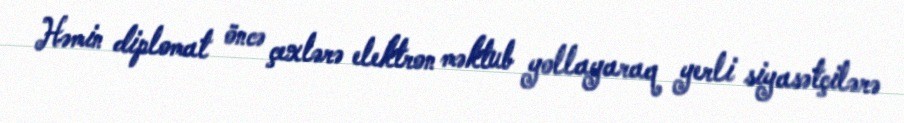
Həmin diplomat öncə çexlərə elektron məktub yollayaraq yerli siyasətçilərə